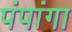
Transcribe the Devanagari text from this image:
पंपांगा